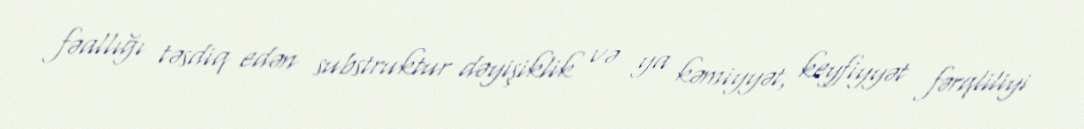
fəallığı təsdiq edən substruktur dəyişiklik və ya kəmiyyət, keyfiyyət fərqliliyi